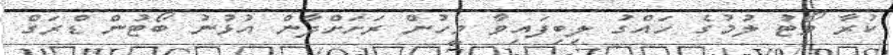
ކުރާ ވޯޓު ލުމުގެ ހައްގު ލިބިފައިވާ މީހުން ރަށަށްދާން އުޅުނު ބޯޓުން ޑްރަގް